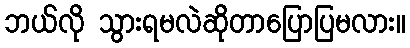
ဘယ်လို သွားရမလဲဆိုတာပြောပြမလား။